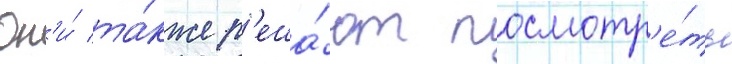
Он'и́ та́кже р'еша́ют посмотр'е́ть